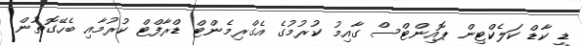
ޑީ ކާޑް ކަލެކްޓިން ޕޮއިންޓްސް ގާއިމު ކުރުމުގެ އެގްރިމެންޓް ޑްރާފްޓް ކުރުމާއި ބެހޭގޮތުން